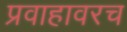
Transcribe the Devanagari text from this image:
प्रवाहावरच